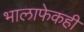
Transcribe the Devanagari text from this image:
भालाफेकही